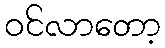
ဝင်လာတော့